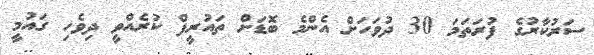
ސަރުކާރުގެ ފުރަތަމަ 30 ދުވަހަށް އެންމެ ބޮޑަށް ތައުރީފް ކުރެއްވީ ދިވެހި ގައުމީ